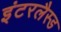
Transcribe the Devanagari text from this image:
इंटरलैस्ड